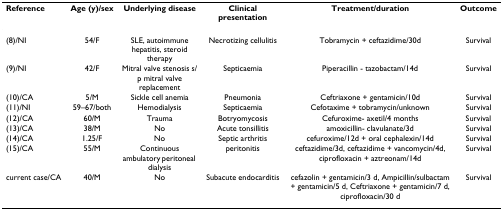
| Reference | Age (y)/sex | Underlying disease | Clinical presentation | Treatment/duration | Outcome |
 | --- | --- | --- | --- | --- | --- |
 | (8)/NI | 54/F | SLE, autoimmune hepatitis, steroid therapy | Necrotizing cellulitis | Tobramycin + ceftazidime/30d | Survival |
 | (9)/NI | 42/F | Mitral valve stenosis s/p mitral valve replacement | Septicaemia | Piperacillin - tazobactam/14d | Survival |
 | (10)/CA | 5/M | Sickle cell anemia | Pneumonia | Ceftriaxone + gentamicin/10d | Survival |
 | (11)/NI | 59–67/both | Hemodialysis | Septicaemia | Cefotaxime + tobramycin/unknown | Survival |
 | (12)/CA | 60/M | Trauma | Botryomycosis | Cefuroxime- axetil/4 months | Survival |
 | (13)/CA | 38/M | No | Acute tonsillitis | amoxicillin- clavulanate/3d | Survival |
 | (14)/CA | 1.25/F | No | Septic arthritis | cefuroxime/12d + oral cephalexin/14d | Survival |
 | (15)/CA | 55/M | Continuous ambulatory peritoneal dialysis | peritonitis | ceftazidime/3d, ceftazidime + vancomycin/4d, ciprofloxacin + aztreonam/14d | Survival |
 | current case/CA | 40/M | No | Subacute endocarditis | cefazolin + gentamicin/3 d, Ampicillin/sulbactam + gentamicin/5 d, Ceftriaxone + gentamicin/7 d, ciprofloxacin/30 d | Survival |